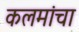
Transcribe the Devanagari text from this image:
कलमांचा